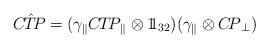
LaTeX: \begin{align*}{\sl C\!\hat{T}\!P}=(\gamma_\|{\sl C\!T\!P}_\|\otimes1\!\!1_{32} ) (\gamma_\| \otimes {\sl C\!P}_\bot)\hskip5cm\end{align*}